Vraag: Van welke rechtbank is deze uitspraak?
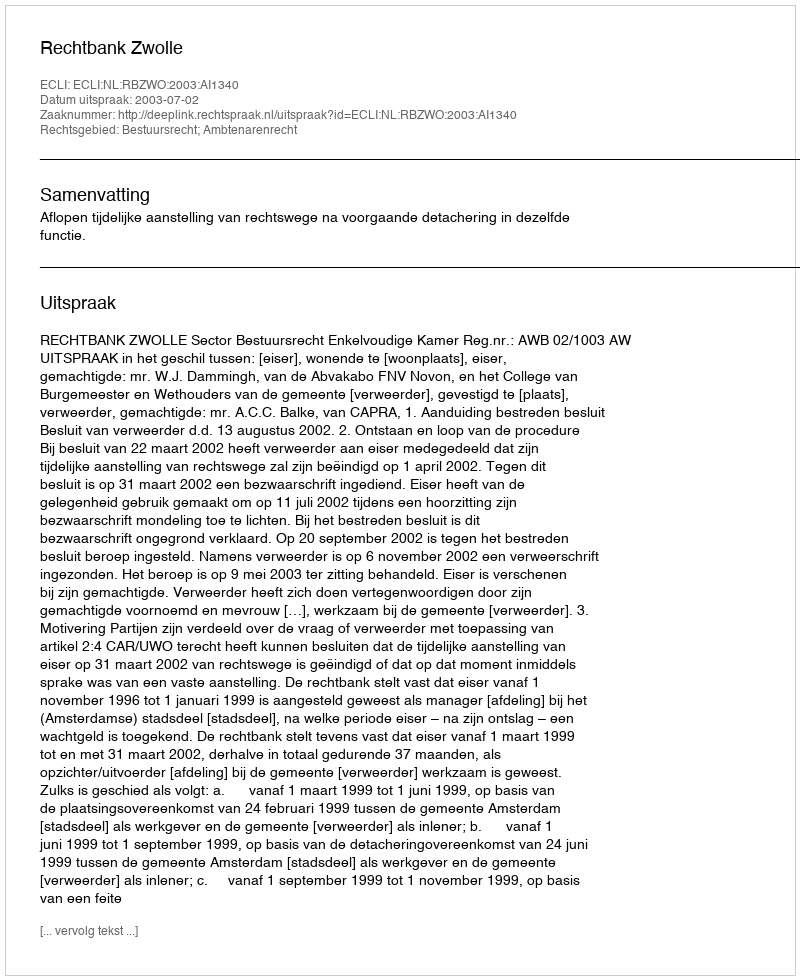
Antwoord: Rechtbank Zwolle